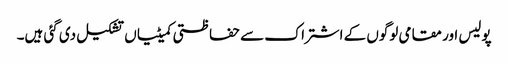
پولیس اور مقامی لوگوں کے اشتراک سے حفاظتی کمیٹیاں تشکیل دی گئی ہیں۔